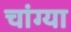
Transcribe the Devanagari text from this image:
चांग्या